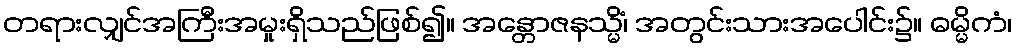
တရားလျှင်အကြီးအမှုးရှိသည်ဖြစ်၍။ အန္တောဇနသ္မိံ၊ အတွင်းသားအပေါင်း၌။ ဓမ္မိကံ၊